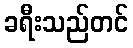
ခရီးသည်တင်